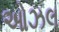
ઓઝલ